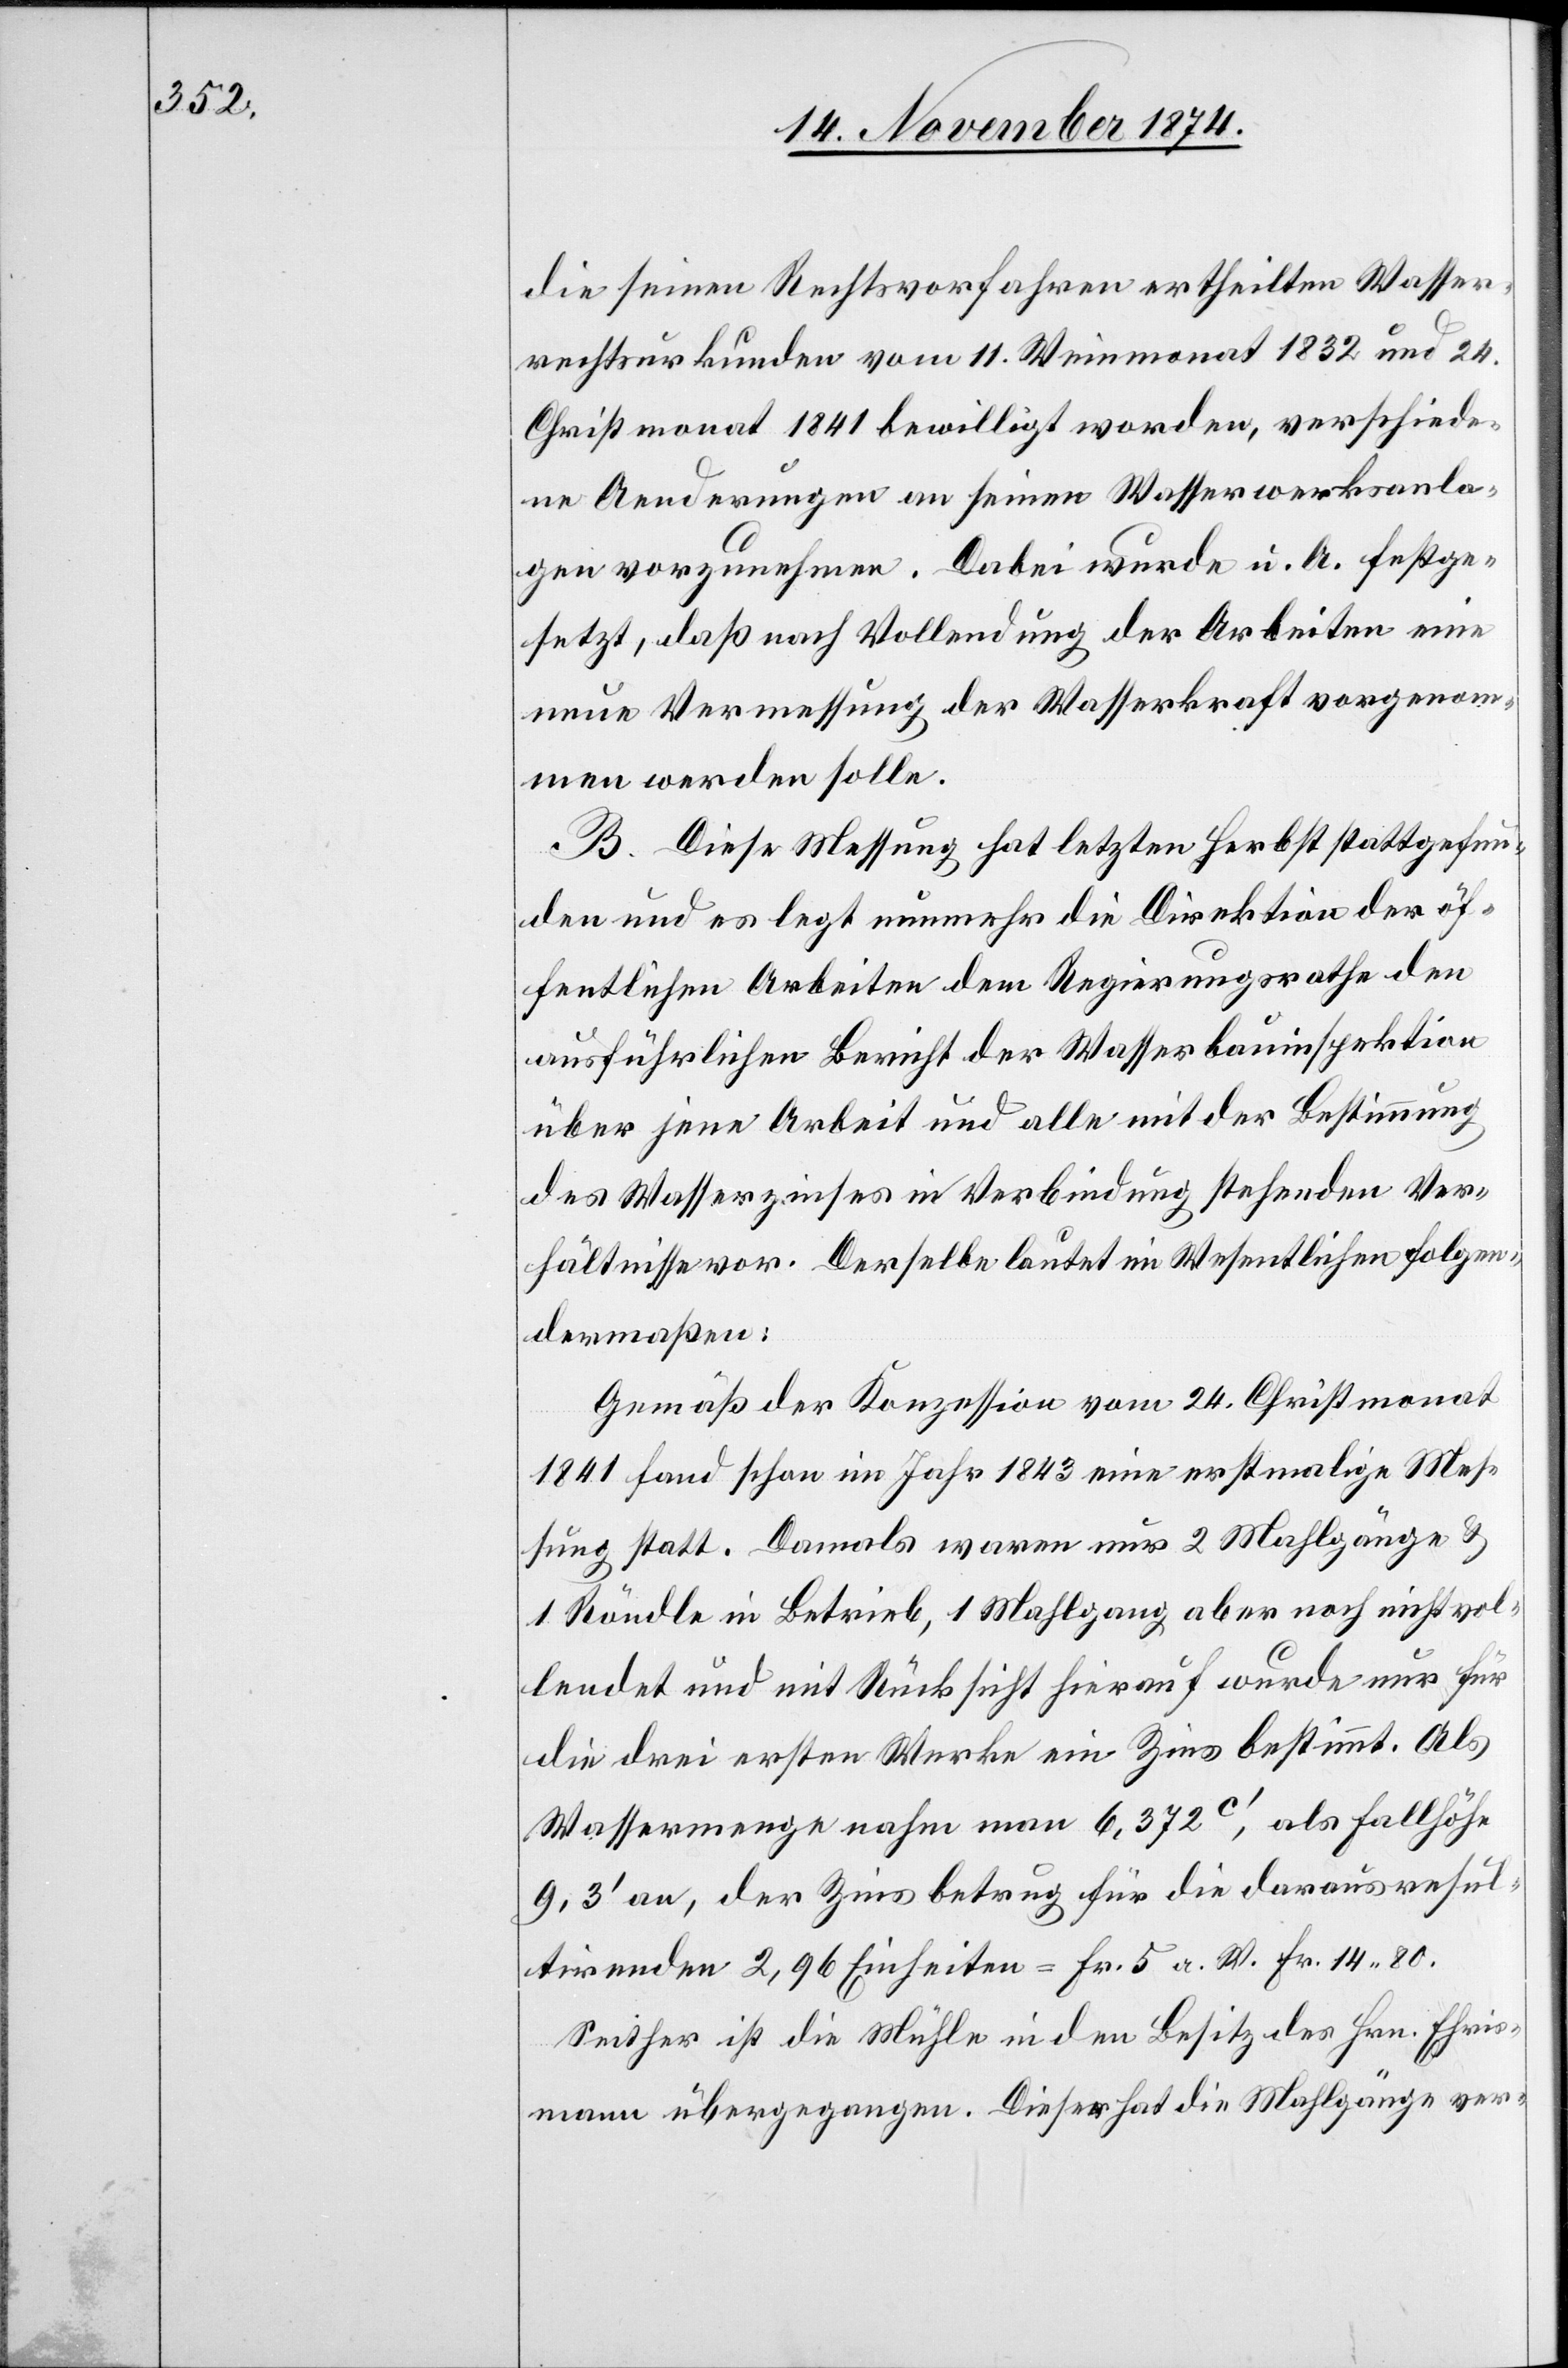
die seinen Rechtsvorfahren ertheilten Wasser¬
rechtsurkunden vom 11. Weinmonat 1832 und 24.
Christmonat 1841 bewilligt worden, verschiede¬
ne Aenderungen an seinen Wasserwerksanla¬
gen vorzunehmen. Dabei wurde u. A. festge¬
setzt, daß nach Vollendung der Arbeiten eine
neue Vermessung der Wasserkraft vorgenom¬
men werden solle.
B. Diese Messung hat letzten Herbst stattgefun¬
den und es legt nunmehr die Direktion der öf¬
fentlichen Arbeiten dem Regierungsrathe den
ausführlichen Bericht der Wasserbauinspektion
über jene Arbeit und alle mit der Bestimmung
des Wasserzinses in Verbindung stehenden Ver¬
hältnisse vor. Derselbe lautet im Wesentlichen folgen¬
dermaßen:
Gemäß der Konzession vom 24. Christmonat
1841 fand schon im Jahr 1843 eine erstmalige Mes¬
sung statt. Damals waren nur 2 Mahlgänge &
1 Röndle in Betrieb, 1 Mahlgang aber noch nicht vol¬
lendet und mit Rücksicht hierauf wurde nur für
die drei ersten Werke ein Zins bestimmt. Als
Wassermenge nahm man 6,372c‘, als Fallhöhe
9,3‘ an, der Zins betrug für die daraus resul¬
tirenden 2,96 Einheiten = Fr. 5 a. W. Fr. 14.80.
Seither ist die Mühle in den Besitz des Hrn. Ehris¬
mann übergegangen. Dieser hat die Mahlgänge ver-